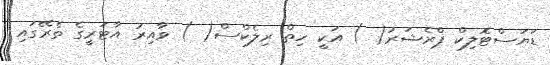
ޑަޔަސްޓޮލިކް ޕްރެޝަރު( ) އަކީ ހިތް ރިލެކްސް( ) ވާއިރު އާޓަރީގެ ތެރޭގައި